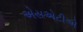
એસએટીએ